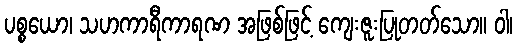
ပစ္စယော၊ သဟကာရီကာရဏ အဖြစ်ဖြင့် ကျေးဇူးပြုတတ်သော။ ဝါ၊